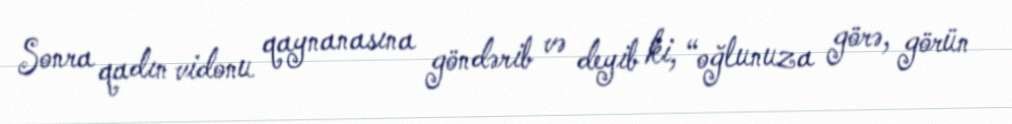
Sonra qadın vidonu qaynanasına göndərib və deyib ki, “oğlunuza görə, görün